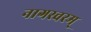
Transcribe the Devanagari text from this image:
नागस्वरम्‌